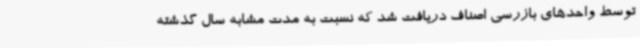
توسط واحدهای بازرسی اصناف دریافت شد که نسبت به مدت مشابه سال گذشته